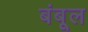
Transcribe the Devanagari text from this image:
बंबूल